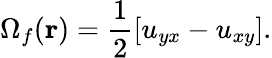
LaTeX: \Omega_{f}(\mathbf r)=\frac{1}{2}[u_{yx}-u_{xy}].